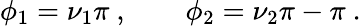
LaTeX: \phi_{1}=\nu_{1}\pi~,\qquad\phi_{2}=\nu_{2}\pi-\pi~.